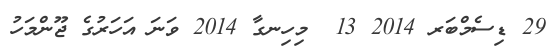
29 ޑިސެމްބަރ 2014 13  މިހިނގާ 2014 ވަނަ އަހަރުގެ ޖޫންމަހު